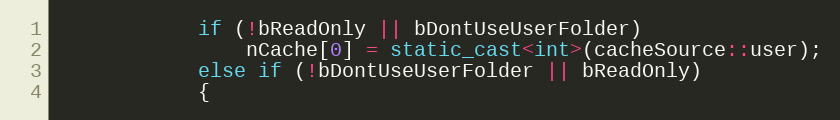
Language: C++
			if (!bReadOnly || bDontUseUserFolder)
				nCache[0] = static_cast<int>(cacheSource::user);
			else if (!bDontUseUserFolder || bReadOnly)
			{